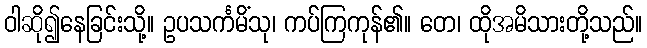
ဝါဆို၍နေခြင်းသို့။ ဥပသင်္ကမိံသု၊ ကပ်ကြကုန်၏။ တေ၊ ထိုအမိသားတို့သည်။